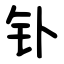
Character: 钋